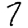
Digit: 7